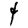
Digit: 4